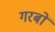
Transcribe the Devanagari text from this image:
गरबों